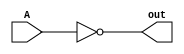
module compliment(A, out);
    input A;
    output out;
    assign out = ~A;
endmodule